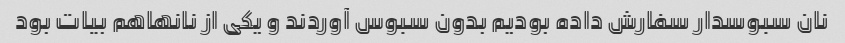
نان سبوسدار سفارش داده بودیم بدون سبوس آوردند و یکی از نانها‌هم بیات بود